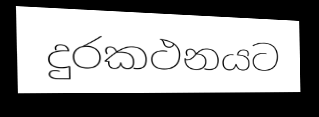
දුරකථනයට